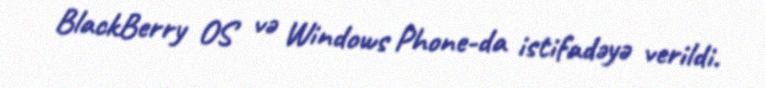
BlackBerry OS və Windows Phone-da istifadəyə verildi.